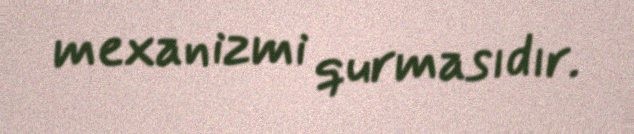
mexanizmi qurmasıdır.